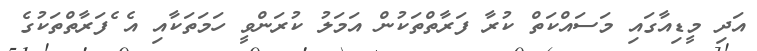
އަދި މީޑިއާގައި މަސައްކަތް ކުރާ ފަރާތްތަކުން އަމަލު ކުރަންވީ ހަމަތަކާއި އެ ެފަރާތްތަކުގެ